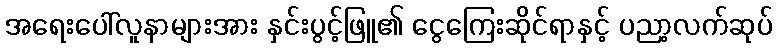
အရေးပေါ်လူနာများအား နှင်းပွင့်ဖြူ၏ ငွေကြေးဆိုင်ရာနှင့် ပညာ့လက်ဆုပ်